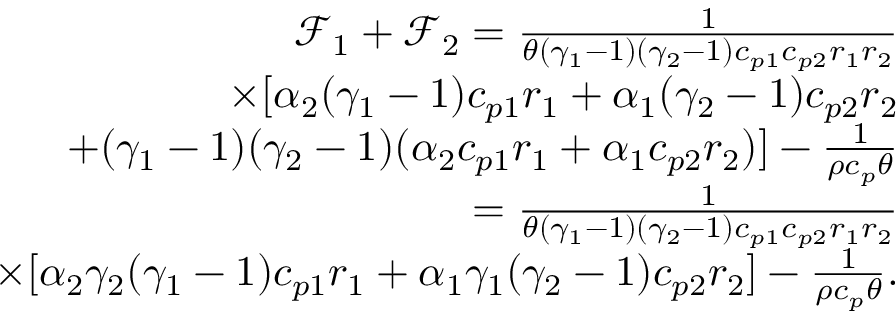
\begin{array} { r } { \mathcal { F } _ { 1 } + \mathcal { F } _ { 2 } = \frac { 1 } { \theta ( \gamma _ { 1 } - 1 ) ( \gamma _ { 2 } - 1 ) c _ { p 1 } c _ { p 2 } r _ { 1 } r _ { 2 } } } \\ { \times [ \alpha _ { 2 } ( \gamma _ { 1 } - 1 ) c _ { p 1 } r _ { 1 } + \alpha _ { 1 } ( \gamma _ { 2 } - 1 ) c _ { p 2 } r _ { 2 } } \\ { + ( \gamma _ { 1 } - 1 ) ( \gamma _ { 2 } - 1 ) ( \alpha _ { 2 } c _ { p 1 } r _ { 1 } + \alpha _ { 1 } c _ { p 2 } r _ { 2 } ) ] - \frac { 1 } { \rho c _ { p } \theta } } \\ { = \frac { 1 } { \theta ( \gamma _ { 1 } - 1 ) ( \gamma _ { 2 } - 1 ) c _ { p 1 } c _ { p 2 } r _ { 1 } r _ { 2 } } } \\ { \times [ \alpha _ { 2 } \gamma _ { 2 } ( \gamma _ { 1 } - 1 ) c _ { p 1 } r _ { 1 } + \alpha _ { 1 } \gamma _ { 1 } ( \gamma _ { 2 } - 1 ) c _ { p 2 } r _ { 2 } ] - \frac { 1 } { \rho c _ { p } \theta } . } \end{array}